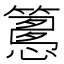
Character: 𥴳